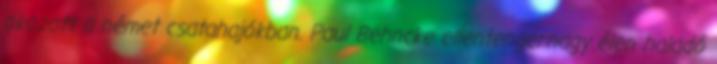
okozott a német csatahajókban. Paul Behncke ellentengernagy élen haladó